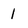
Character: 1